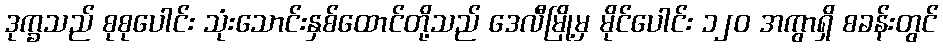
ဒုက္ခသည် စုစုပေါင်း သုံးသောင်းနှစ်ထောင်တို့သည် ဒေလီမြို့မှ မိုင်ပေါင်း ၁၂၀ အကွာရှိ စခန်းတွင်